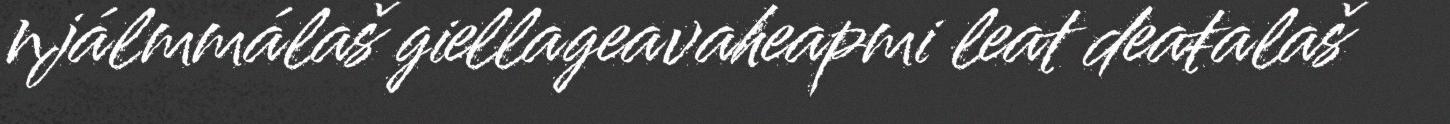
njálmmálaš giellageavaheapmi leat deaŧalaš